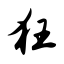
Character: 狂